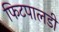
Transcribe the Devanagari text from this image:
फिटपालडी